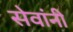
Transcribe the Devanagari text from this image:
सेवांनी